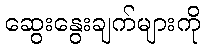
ဆွေးနွေးချက်များကို